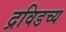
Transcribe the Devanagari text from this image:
द्रविडच्य